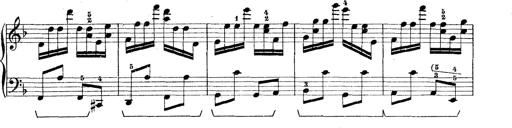
Title: Rapsodie: 19 ungheresi, 1 spagnuola
Composer: Franz Liszt